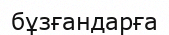
бұзғандарға